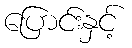
ပြောင်းနှင့်